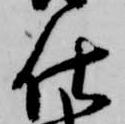
仕